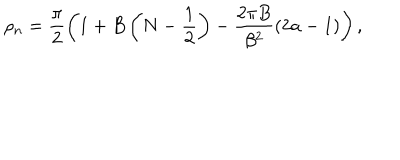
\rho _ { n } = \frac { \pi } { 2 } \left( 1 + B \left( N - \frac { 1 } { 2 } \right) - \frac { 2 \pi B } { \beta ^ { 2 } } ( 2 a - 1 ) \right) ,